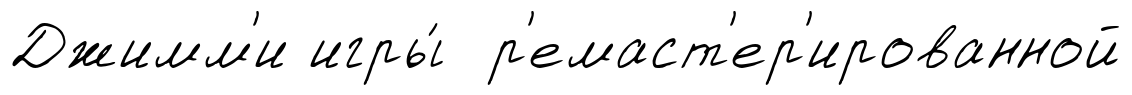
Джимм'и игры́ р'емаст'ер'ированной